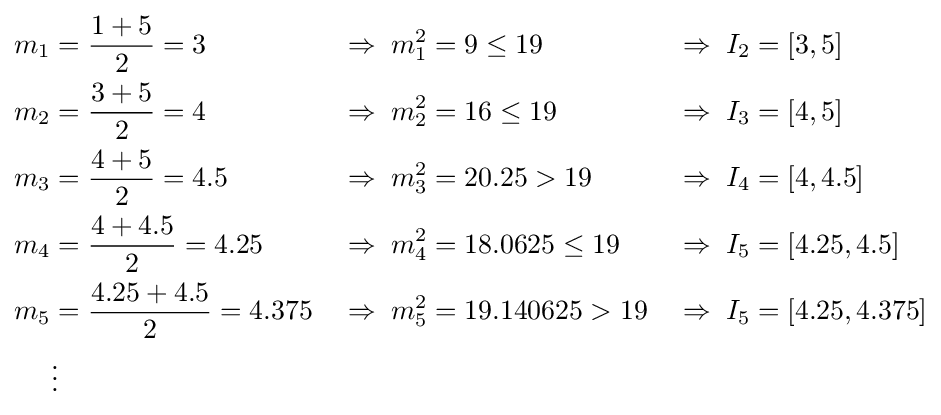
{\begin{aligned}m_{1}&={\dfrac {1+5}{2}}=3&&\Rightarrow \;m_{1}^{2}=9\leq 19&&\Rightarrow \;I_{2}=[3,5]\\m_{2}&={\dfrac {3+5}{2}}=4&&\Rightarrow \;m_{2}^{2}=16\leq 19&&\Rightarrow \;I_{3}=[4,5]\\m_{3}&={\dfrac {4+5}{2}}=4.5&&\Rightarrow \;m_{3}^{2}=20.25>19&&\Rightarrow \;I_{4}=[4,4.5]\\m_{4}&={\dfrac {4+4.5}{2}}=4.25&&\Rightarrow \;m_{4}^{2}=18.0625\leq 19&&\Rightarrow \;I_{5}=[4.25,4.5]\\m_{5}&={\dfrac {4.25+4.5}{2}}=4.375&&\Rightarrow \;m_{5}^{2}=19.140625>19&&\Rightarrow \;I_{5}=[4.25,4.375]\\&\vdots &&\end{aligned}}